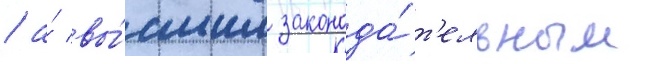
/ а́ вы́сшим законода́т'ельным